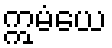
ဣမံယေ